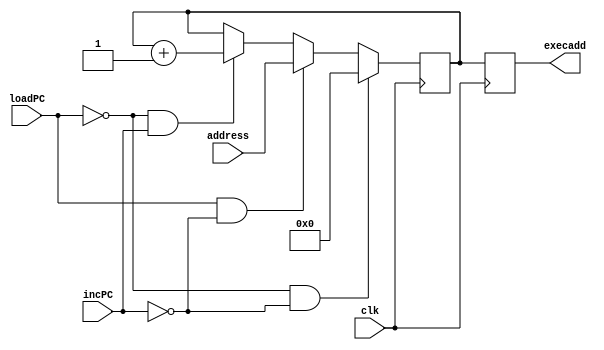
///////////////////////////////////////////////////////////////
/////	Module to realize a Program Counter. 		//////
/////////////////////////////////////////////////////////////
module PC(clk, loadPC, incPC, address, execadd);
input clk;
input loadPC;
input incPC;
input [11:0] address;
output [11:0] execadd;

reg [11:0] execadd;

reg [11:0] temp;

always@( posedge clk)
begin
	if ( loadPC == 0 && incPC == 0 ) begin
	temp <= 12'h000;
	end
	else if (loadPC == 1 && incPC == 0 ) begin
	temp <= address;
	end
	else if (loadPC == 0 && incPC == 1 ) begin
	temp <= temp + 12'h001;
	end
	else begin
	temp <= temp;
	end
	execadd <= temp;
end
endmodule